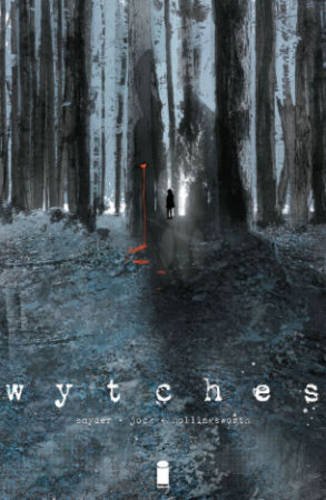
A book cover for Wytches Volume 1 (Wytches Tp); Scott Snyder; Comics & Graphic Novels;